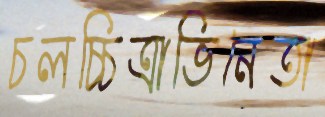
চলচ্চিত্রাভিনেতা